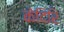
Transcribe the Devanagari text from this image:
केदिरि